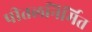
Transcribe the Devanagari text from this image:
पीतलनिर्मित